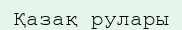
Қазақ рулары